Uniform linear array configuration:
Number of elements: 64
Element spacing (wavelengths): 0.5
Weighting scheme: hann
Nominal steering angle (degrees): -60
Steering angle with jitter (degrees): -60.579
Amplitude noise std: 0.05
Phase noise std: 0.05

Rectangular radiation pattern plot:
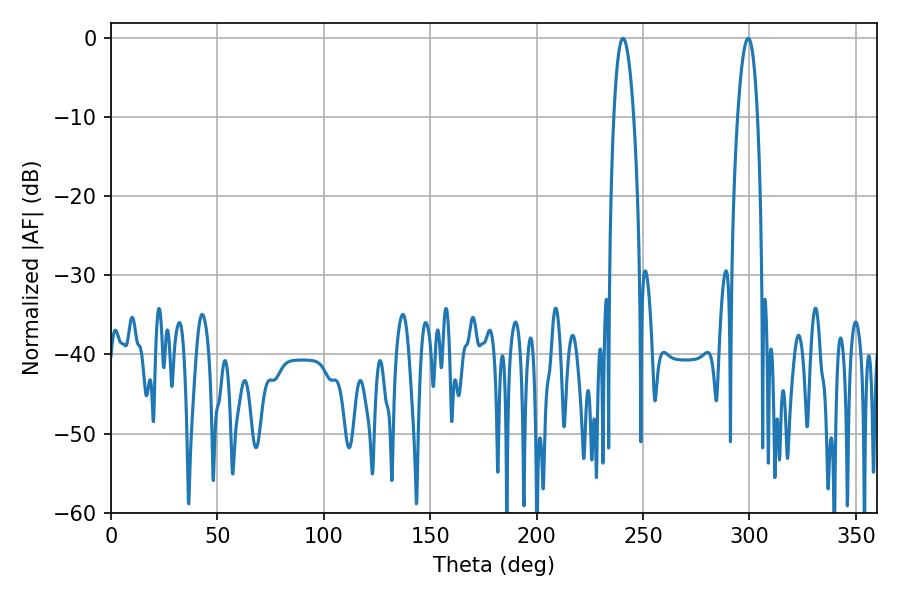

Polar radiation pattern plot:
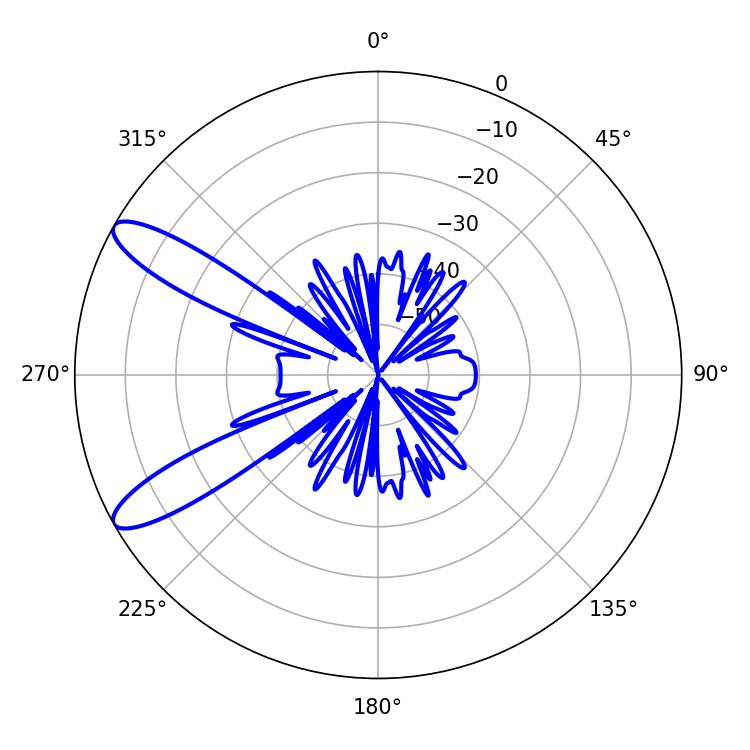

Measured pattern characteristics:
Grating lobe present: FALSE
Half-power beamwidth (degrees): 5.22
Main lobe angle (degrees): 240.66